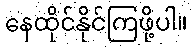
နေထိုင်နိုင်ကြဖို့ပါ။